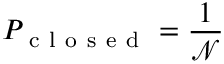
P _ { \mathrm { ~ c ~ l ~ o ~ s ~ e ~ d ~ } } = \frac { 1 } { \mathcal { N } }